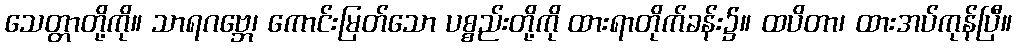
သေတ္တာတို့ကို။ သာရဂဗ္ဘေ၊ ကောင်းမြတ်သော ပစ္စည်းတို့ကို ထားရာတိုက်ခန်း၌။ ထပိတာ၊ ထားအပ်ကုန်ပြီ။